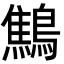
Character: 鷦